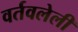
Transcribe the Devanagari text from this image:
वर्तवलेली